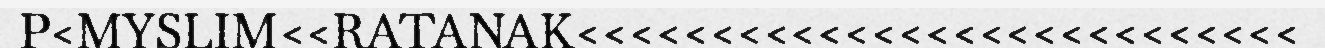
P<MYSLIM<<RATANAK<<<<<<<<<<<<<<<<<<<<<<<<<<<